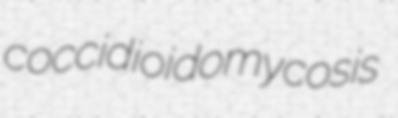
coccidioidomycosis